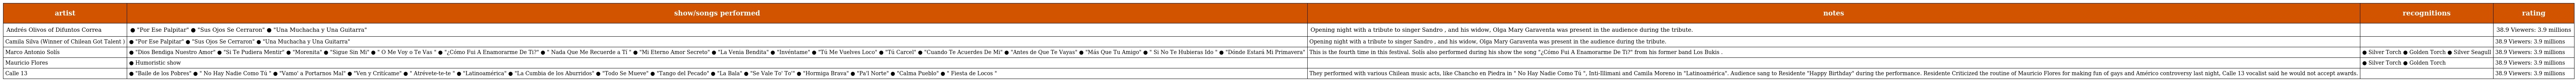
| artist | show/songs performed | notes | recognitions | rating |
 | --- | --- | --- | --- | --- |
 | Andrés Olivos of Difuntos Correa | ● "Por Ese Palpitar" ● "Sus Ojos Se Cerraron" ● "Una Muchacha y Una Guitarra" | Opening night with a tribute to singer Sandro , and his widow, Olga Mary Garaventa was present in the audience during the tribute. |  | 38.9 Viewers: 3.9 millions |
 | Camila Silva (Winner of Chilean Got Talent ) | ● "Por Ese Palpitar" ● "Sus Ojos Se Cerraron" ● "Una Muchacha y Una Guitarra" | Opening night with a tribute to singer Sandro , and his widow, Olga Mary Garaventa was present in the audience during the tribute. |  | 38.9 Viewers: 3.9 millions |
 | Marco Antonio Solís | ● "Dios Bendiga Nuestro Amor" ● "Si Te Pudiera Mentir" ● "Morenita" ● "Sigue Sin Mi" ● " O Me Voy o Te Vas " ● "¿Cómo Fui A Enamorarme De Ti?" ● " Nada Que Me Recuerde a Tí " ● "Mi Eterno Amor Secreto" ● "La Venia Bendita" ● "Invéntame" ● "Tú Me Vuelves Loco" ● "Tú Carcel" ● "Cuando Te Acuerdes De Mi" ● "Antes de Que Te Vayas" ● "Más Que Tu Amigo" ● " Si No Te Hubieras Ido " ● "Dónde Estará Mi Primavera" | This is the fourth time in this festival. Solís also performed during his show the song "¿Cómo Fui A Enamorarme De Ti?" from his former band Los Bukis . | ● Silver Torch ● Golden Torch ● Silver Seagull | 38.9 Viewers: 3.9 millions |
 | Mauricio Flores | ● Humoristic show |  | ● Silver Torch ● Golden Torch | 38.9 Viewers: 3.9 millions |
 | Calle 13 | ● "Baile de los Pobres" ● " No Hay Nadie Como Tú " ● "Vamo' a Portarnos Mal" ● "Ven y Critícame" ● " Atrévete-te-te " ● "Latinoamérica" ● "La Cumbia de los Aburridos" ● "Todo Se Mueve" ● "Tango del Pecado" ● "La Bala" ● "Se Vale To' To'" ● "Hormiga Brava" ● "Pa'l Norte" ● "Calma Pueblo" ● " Fiesta de Locos " | They performed with various Chilean music acts, like Chancho en Piedra in " No Hay Nadie Como Tú ", Inti-Illimani and Camila Moreno in "Latinoamérica". Audience sang to Residente "Happy Birthday" during the performance. Residente Criticized the routine of Mauricio Flores for making fun of gays and Américo controversy last night, Calle 13 vocalist said he would not accept awards. |  | 38.9 Viewers: 3.9 millions |